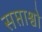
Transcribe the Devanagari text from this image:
सप्ताश्वो